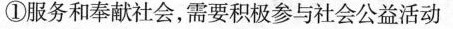
①服务和奉献社会，需要积极参与社会公益活动